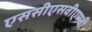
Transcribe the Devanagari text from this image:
एससीएसवीएमवी